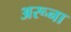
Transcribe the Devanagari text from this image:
अरूना